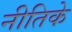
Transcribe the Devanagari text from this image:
नीतिके